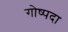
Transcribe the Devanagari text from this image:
गोष्पदा